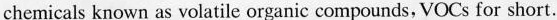
chemicals known as volatile organic compounds,VOCs for short.